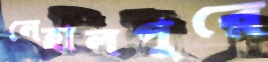
নেহালপুরে